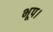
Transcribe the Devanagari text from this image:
भूप।